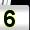
Digit: 5